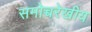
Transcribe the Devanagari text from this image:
समोच्चरेखीय